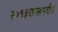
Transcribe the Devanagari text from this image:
२०१३सालपर्यंत